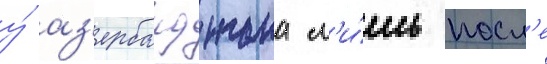
у́ аз'ербаиджана л'и́шь посл'е